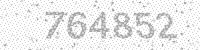
Solution: 764852